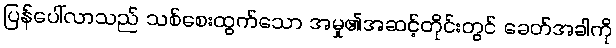
ပြန်ပေါ်လာသည် သစ်စေးထွက်သော အမှု၏အဆင့်တိုင်းတွင် ခေတ်အခါကို